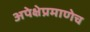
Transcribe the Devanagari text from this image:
अपेक्षेप्रमाणेच